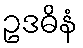
ဥဒဓိနံ